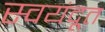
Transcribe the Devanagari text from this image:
स्वयंदूत